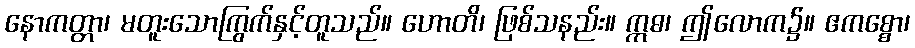
နောကတ္တာ၊ မတူးသောကြွက်နှင့်တူသည်။ ဟောတိ၊ ဖြစ်သနည်း။ ဣဓ၊ ဤလောက၌။ ဧကစ္စော၊